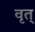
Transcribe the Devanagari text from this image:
वृत्